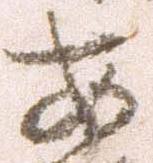
安